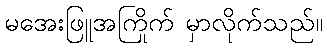
မအေးဖြူအကြိုက် မှာလိုက်သည်။